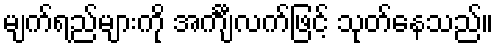
မျက်ရည်များကို အင်္ကျီလက်ဖြင့် သုတ်နေသည်။